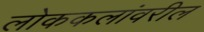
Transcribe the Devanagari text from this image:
लोककलांवरील